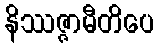
နိဿဇ္ဇာမီတိပေ